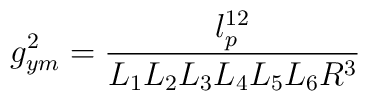
g_{ym}^{2}=\frac{l_{p}^{12}}{L_1 L_2 L_3 L_4 L_5 L_6 R^3}